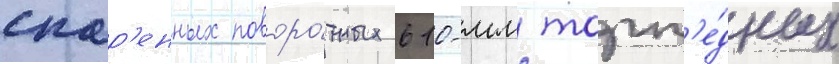
спар'енных поворо́тных 610-мм торп'е́дных